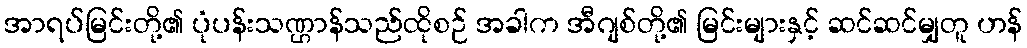
အာရပ်မြင်းတို့၏ ပုံပန်းသဏ္ဌာန်သည်ထိုစဉ် အခါက အီဂျစ်တို့၏ မြင်းများနှင့် ဆင်ဆင်မျှတူ ဟန်